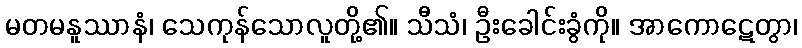
မတမနူဿာနံ၊ သေကုန်သောလူတို့၏။ သီသံ၊ ဦးခေါင်းခွံကို။ အာကောဋေတွာ၊